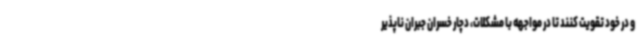
و در خود تقویت کنند تا در مواجهه با مشکلات، دچار خسران جبران ناپذیر